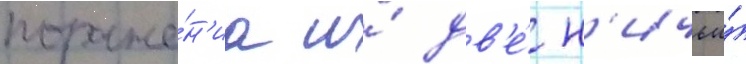
пораже́н'иа и́ дв'е́ н'ичьи́